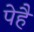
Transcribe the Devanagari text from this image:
पेहै